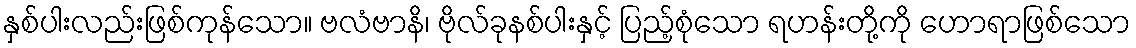
နှစ်ပါးလည်းဖြစ်ကုန်သော။ ဗလံဗာနိ၊ ဗိုလ်ခုနစ်ပါးနှင့် ပြည့်စုံသော ရဟန်းတို့ကို ဟောရာဖြစ်သော